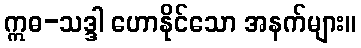
ဣဓ-သဒ္ဒါ ဟောနိုင်သော အနက်များ။